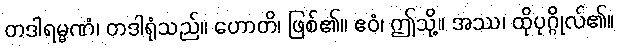
တဒါရမ္မဏံ၊ တဒါရုံသည်။ ဟောတိ၊ ဖြစ်၏။ ဧဝံ၊ ဤသို့။ အဿ၊ ထိုပုဂ္ဂိုလ်၏။